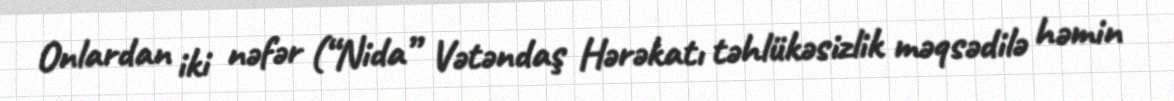
Onlardan iki nəfər (“Nida” Vətəndaş Hərəkatı təhlükəsizlik məqsədilə həmin